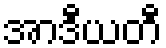
အာဒီယတီ